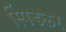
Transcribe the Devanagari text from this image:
स्पिंडलर